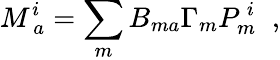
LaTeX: M_{~a}^{i}=\sum_{m}B_{ma}\Gamma_{m}P_{m}^{~i}\; \; ,